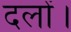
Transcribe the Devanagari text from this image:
दलों।